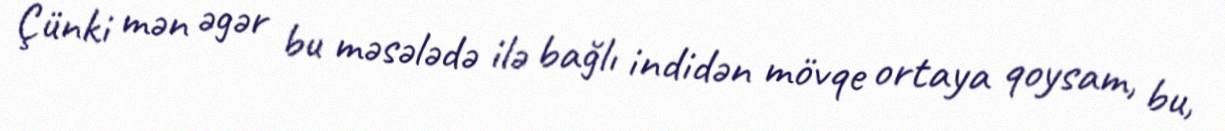
Çünki mən əgər bu məsələdə ilə bağlı indidən mövqe ortaya qoysam, bu,